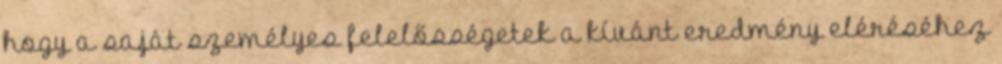
hogy a saját személyes felelősségetek a kívánt eredmény eléréséhez